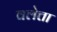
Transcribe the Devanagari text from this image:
वलेत्ता